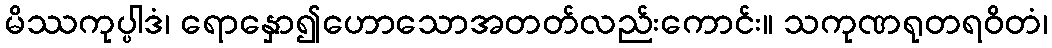
မိဿကုပ္ပါဒံ၊ ရောနှော၍ဟောသောအတတ်လည်းကောင်း။ သကုဏရုတရဝိတံ၊